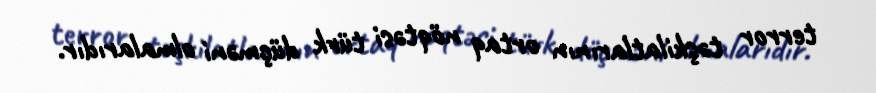
terror təşkilatlarının ortaq nöqtəsi türk düçməni olmalarıdır.